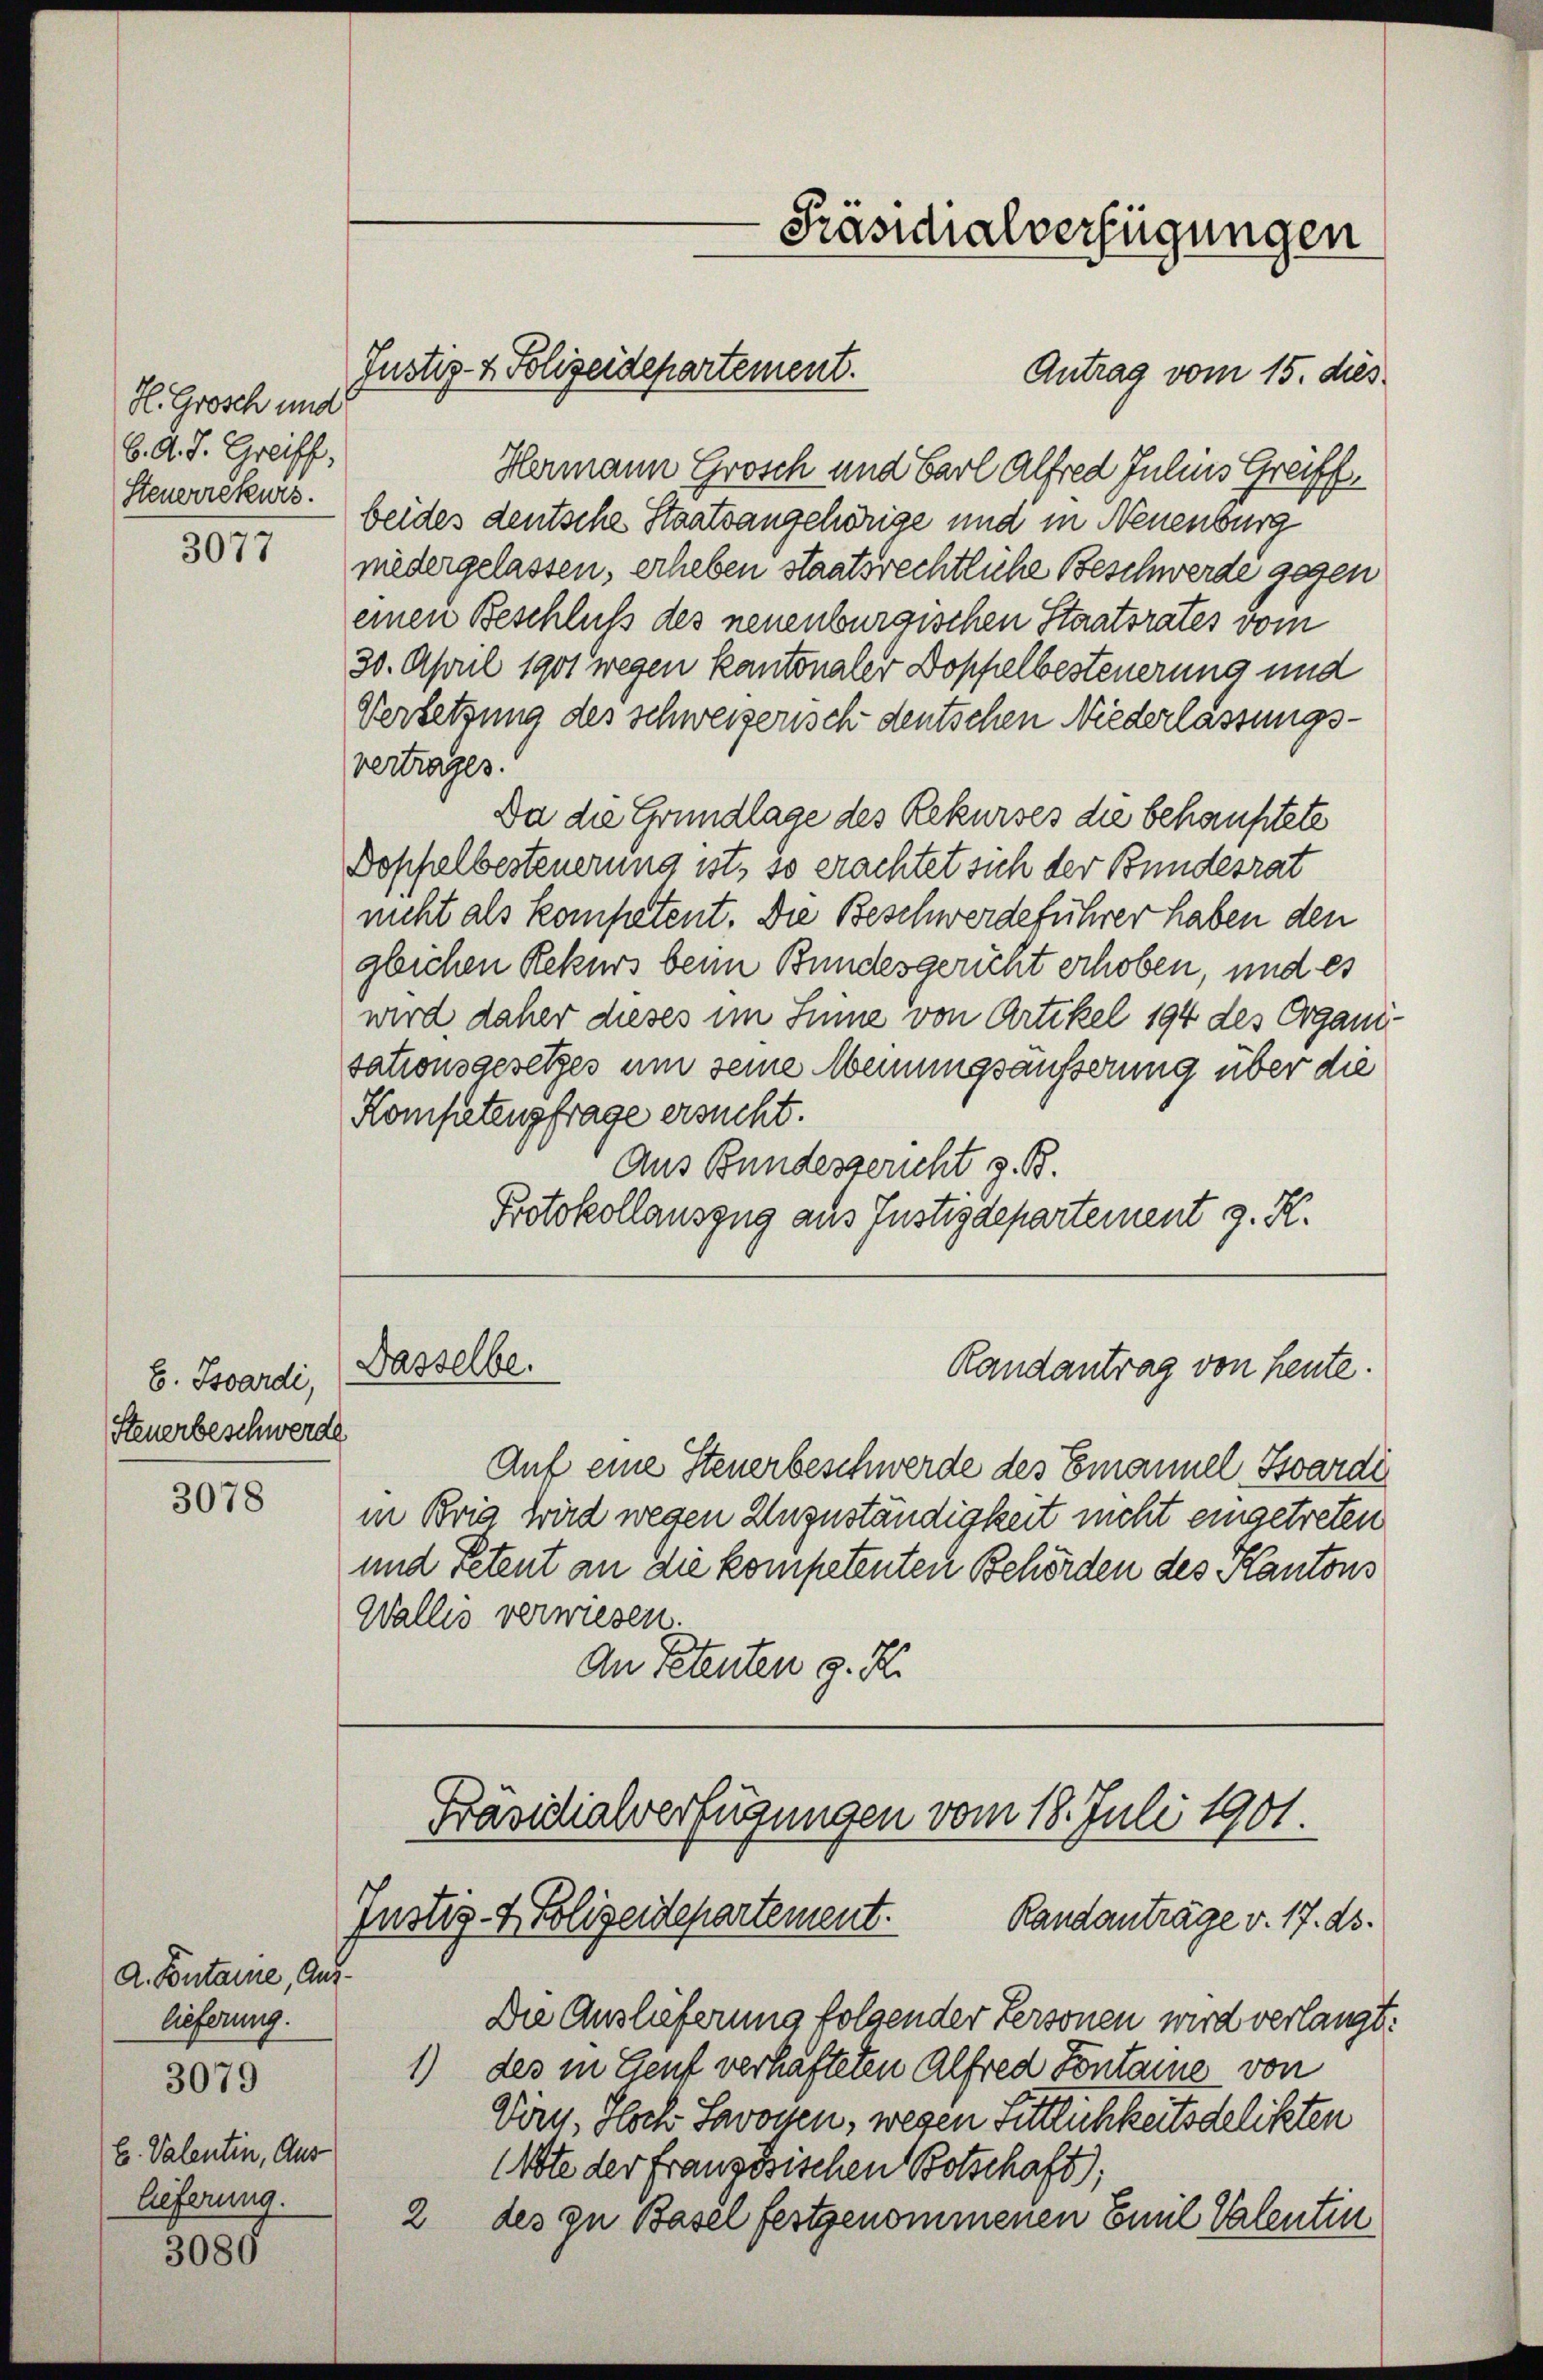
H. Grosch und
b. d. J. Greiff,
Steuerrekurs.

3077

B. Sardi,
Steuerbeschwerde

3078

A. Fontaine, Aus
lieferung.
3079
E. Valentin, Auslieferung.

3080

Antrag vom 15. dies
Hermann Grosch und Barl Alfred Julius Greiff
beides deutsche Staatsangehörige und in Neuenburg
niedergelassen, erheben staatsrechtliche Beschwerde gegen
einen Beschluß des neuenburgischen Staatsrates vom
30. April 1901 wegen kantonaler Doppelbesteuerung und
Versetzung des schweizerisch deutschen Niederlassungsvertrages.
Da die Grundlage des Rekurses die behauptete
Doppelbesteuerung ist, so erachtet sich der Bundesrat
nicht als kompetent. Die Beschwerdeführer haben den
glichen Rekurs beim Bundesgericht erhoben, und es
wird daher dieses im Sinne von Artikel 194 des Organisationsgesetzes um seine Meinungsäusserung über die
Kompetenzfrage ersucht.
Aus Bundesgericht z. B.
Protokollauszug aus Justizdepartement z. K.

Justiz- & Polizeidepartement.

Dasselbe.

Präsidialverfügungen

Randantrag von heute.

Auf eine Steuerbeschwerde des Emanuel Sardi
in Bris wird wegen Unzuständigkeit nicht eingetreten
und Petent an die kompetenten Behörden des Kantons
Wallis verwiesen.
An Petenten z. B.

Präsidialverfügungen vom 18. Juli 1901.
Justiz- & Polizeidepartement.
Randanträge v. 17. ds.

Die Auslieferung folgender Personen wird verlangt:
1) des in Genf verhafteten Alfred Pontaine von
Virn, doch Savossen, wegen Sittlichkeitsdelikten
(Abte der Französischen Botschaft,
2 des zu Basel festgenommenen Emil Valentin